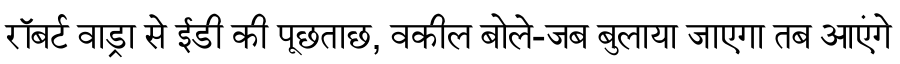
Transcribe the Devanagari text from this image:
रॉबर्ट वाड्रा से ईडी की पूछताछ, वकील बोले-जब बुलाया जाएगा तब आएंगे